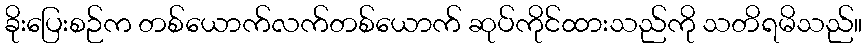
ခိုးပြေးစဉ်က တစ်ယောက်လက်တစ်ယောက် ဆုပ်ကိုင်ထားသည်ကို သတိရမိသည်။